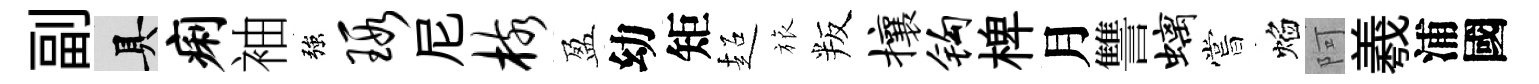
副具痢袖強瑕尼核盈幼矩超旅叛攘钩椑月讐螭嘗焰阿羲浦國